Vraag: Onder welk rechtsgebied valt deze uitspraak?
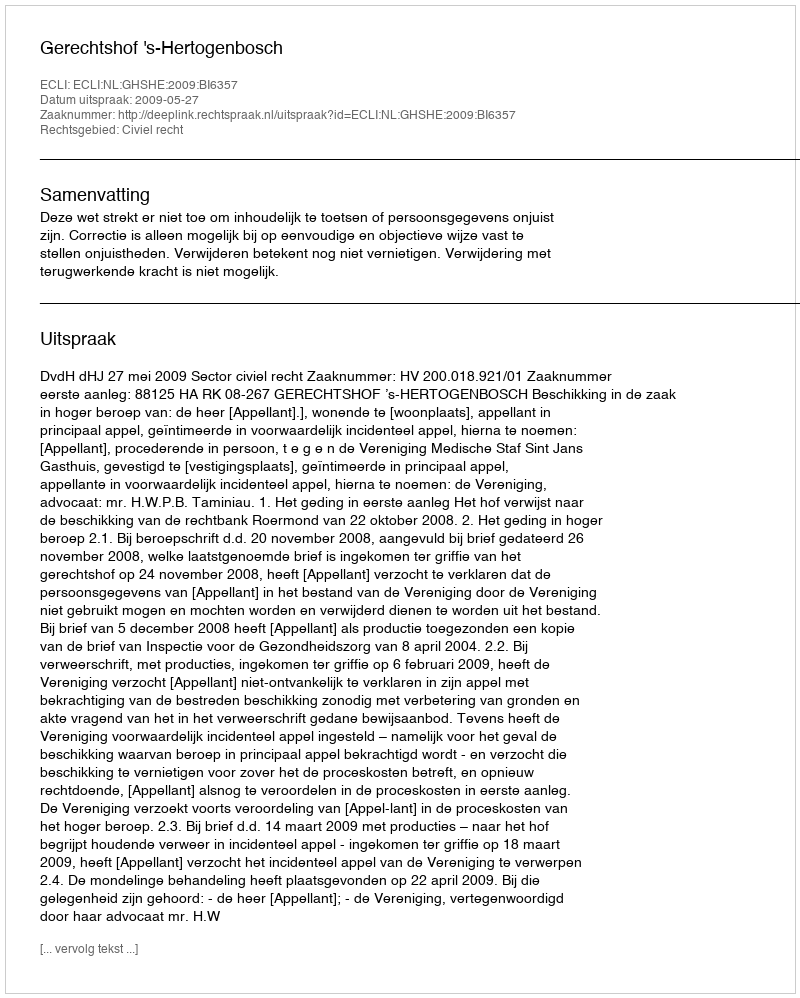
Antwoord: Civiel recht